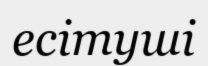
есітуші